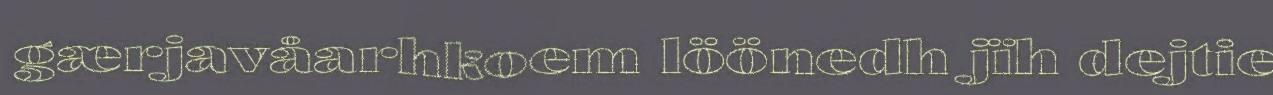
gærjavåarhkoem löönedh jïh dejtie